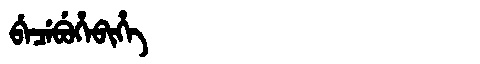
Manchu: ᠪᡝᠴᡝᠪᡠᡥᡝᠪᡳᡥᡝ
Romanization: BECEBUHEBIHE